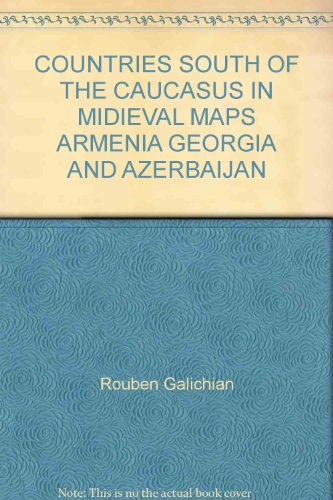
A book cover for COUNTRIES SOUTH OF THE CAUCASUS IN MIDIEVAL MAPS ARMENIA GEORGIA AND AZERBAIJAN; Rouben Galichian; Travel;